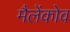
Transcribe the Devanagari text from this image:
मैलेंकोव